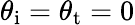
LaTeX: \theta_{\mathrm{i}}=\theta_{\mathrm{t}}=0